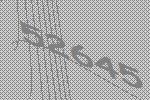
52645